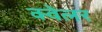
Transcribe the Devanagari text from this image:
क्वेलर